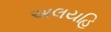
અલયહિ